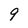
Character: 9